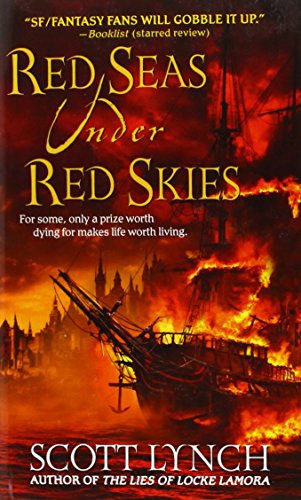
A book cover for Red Seas Under Red Skies (Gentleman Bastards); Scott Lynch; Science Fiction & Fantasy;